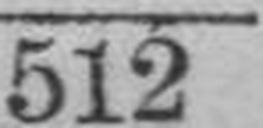
512